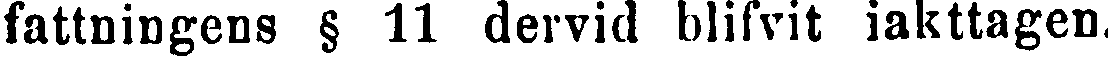
fattningens § 11 dervid blifvit iakttagen.